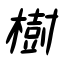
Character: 樹